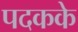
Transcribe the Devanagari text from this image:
पदकके